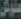
عليل